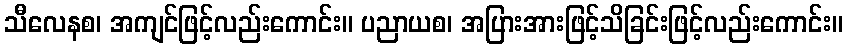
သီလေနစ၊ အကျင်ဖြင့်လည်းကောင်း။ ပညာယစ၊ အပြားအားဖြင့်သိခြင်းဖြင့်လည်းကောင်း။